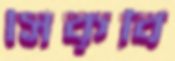
সিকৃবি